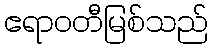
ဧရာဝတီမြစ်သည်